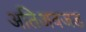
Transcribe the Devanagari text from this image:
अतिअवजड